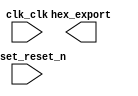

module platformnioscrc (
	clk_clk,
	hex_export,
	reset_reset_n);	

	input		clk_clk;
	output	[23:0]	hex_export;
	input		reset_reset_n;
endmodule